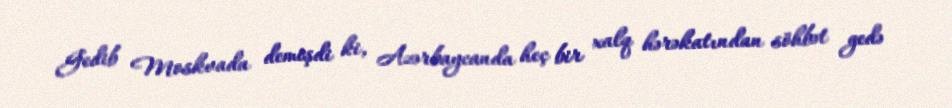
Gedib Moskvada demişdi ki, Azərbaycanda heç bir xalq hərəkatından söhbət gedə